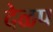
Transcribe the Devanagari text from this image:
देळप